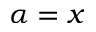
\alpha = x